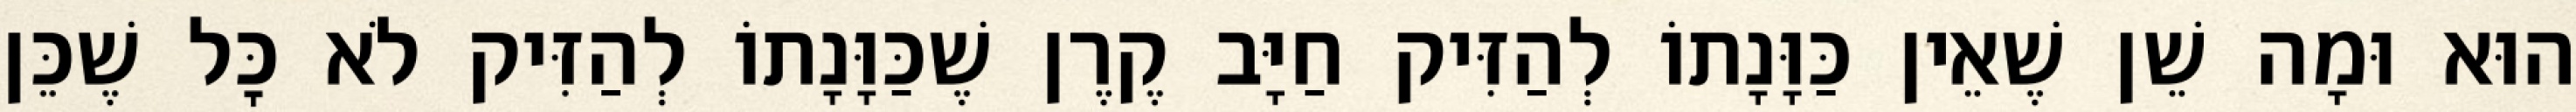
הוּא וּמָה שֵׁן שֶׁאֵין כַּוָּנָתוֹ לְהַזִּיק חַיָּב קֶרֶן שֶׁכַּוָּנָתוֹ לְהַזִּיק לֹא כׇּל שֶׁכֵּן